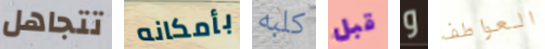
تتجاهل بأمكانه كلبه قبل و العواطف